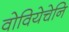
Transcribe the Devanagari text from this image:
वोवियेचेनि